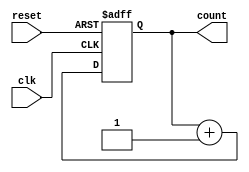
module async_counter #(parameter WIDTH = 4) (
    input wire clk,          // Clock input
    input wire reset,        // Asynchronous reset input
    output reg [WIDTH-1:0] count // Output count value
);

// Asynchronous reset and counting logic
always @(posedge clk or posedge reset) begin
    if (reset) begin
        count <= 0; // Reset count to zero
    end else begin
        count <= count + 1; // Increment count
    end
end

endmodule